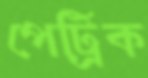
পেট্রিক